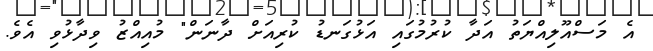
އެ މަސްއޫލިއްޔަތު އަދާ ކުރުމުގައި އަޅުގަނޑު ކުރިއަށް ދާނަން" މުއިއްޒު ވިދާޅުވި އެވެ.